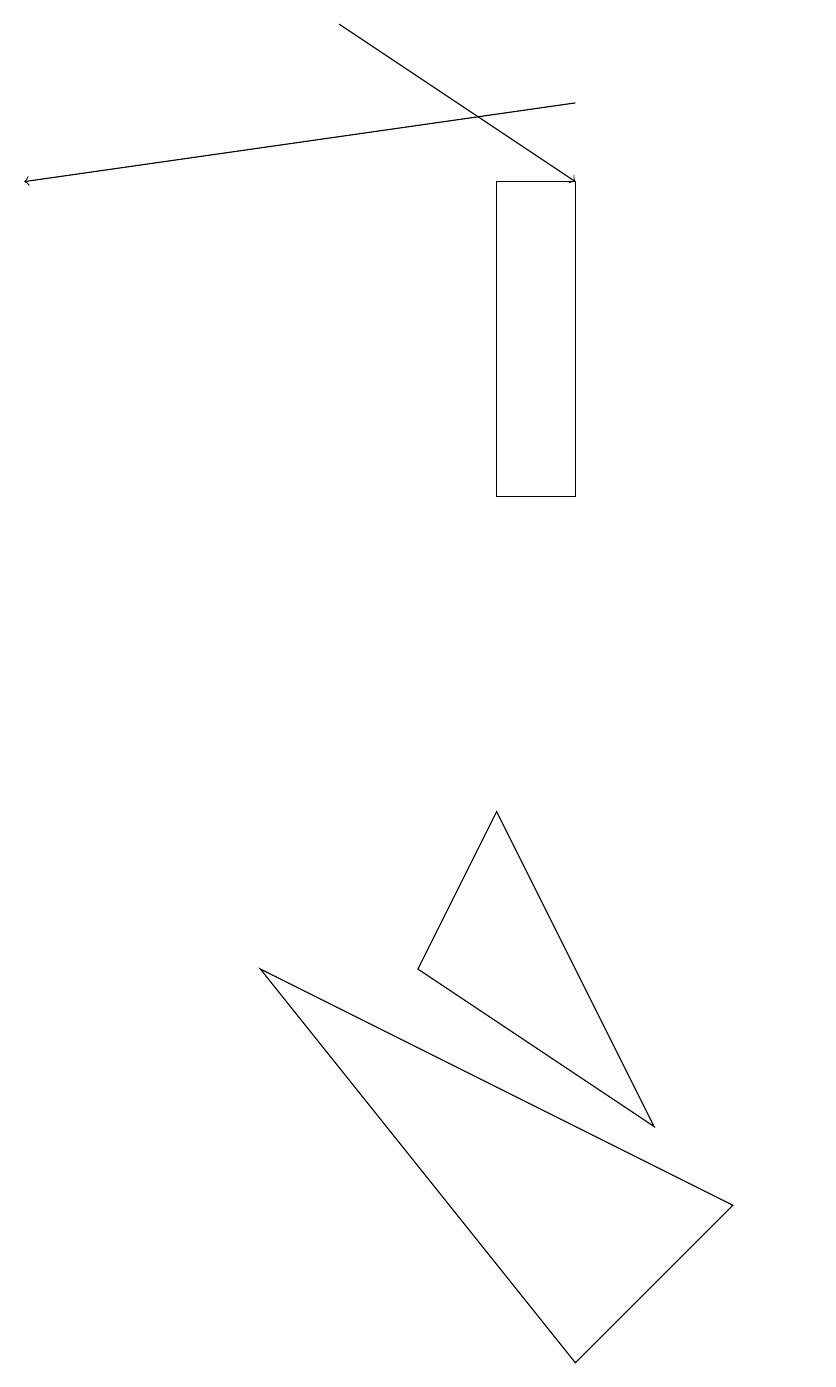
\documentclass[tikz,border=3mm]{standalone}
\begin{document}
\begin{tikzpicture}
\draw (8,4) -- (6,8) -- (5,6) -- cycle;
\draw[->] (7,17) -- (0,16);
\draw[->] (4,18) -- (7,16);
\draw (6,12) rectangle (7,16);
\draw (3,6) -- (7,1) -- (9,3) -- cycle;
\draw (10,11) circle (0);
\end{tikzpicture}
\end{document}